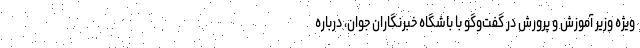
ویژه وزیر آموزش و پرورش در گفت‌وگو با باشگاه خبرنگاران جوان، درباره